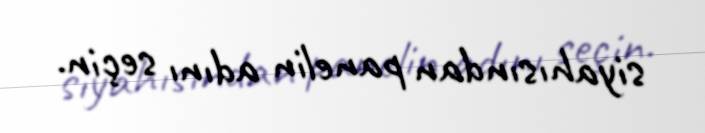
siyahısından panelin adını seçin.